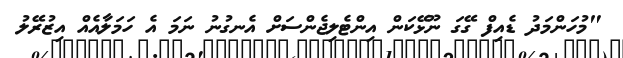
"މުހަންމަދު ޑެއިފް ގޭގަ ނޫޅޭކަން އިންޓެލިޖެންސަށް އެނގުނު ނަމަ އެ ހަމަލާއެއް އިޒުރޭލު